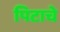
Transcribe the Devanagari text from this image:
पिटाचे